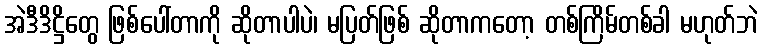
အဲဒီဒိဋ္ဌိတွေ ဖြစ်ပေါ်တာကို ဆိုတာပါပဲ၊ မပြတ်ဖြစ် ဆိုတာကတော့ တစ်ကြိမ်တစ်ခါ မဟုတ်ဘဲ